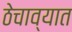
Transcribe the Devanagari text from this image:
ठेचाव्यात